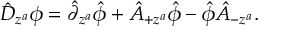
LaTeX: \hat { D } _ { z ^ { a } } \phi = \hat { \partial } _ { z ^ { a } } \hat { \phi } + \hat { A } _ { + z ^ { a } } \hat { \phi } - \hat { \phi } \hat { A } _ { - z ^ { a } } .